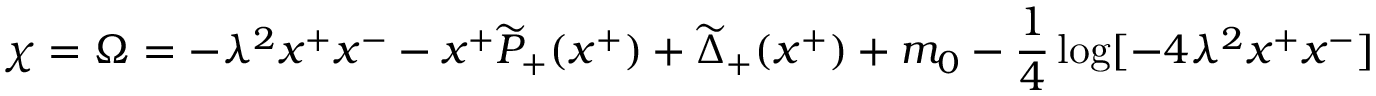
\chi = \Omega = - \lambda ^ { 2 } x ^ { + } x ^ { - } - x ^ { + } \widetilde { P } _ { + } ( x ^ { + } ) + \widetilde { \Delta } _ { + } ( x ^ { + } ) + m _ { 0 } - { \frac { 1 } { 4 } } \log [ - 4 \lambda ^ { 2 } x ^ { + } x ^ { - } ]